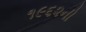
૧૯૬૨ની